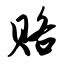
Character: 赂